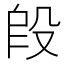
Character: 𬆣